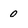
Character: 0